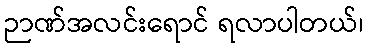
ဉာဏ်အလင်းရောင် ရလာပါတယ်၊